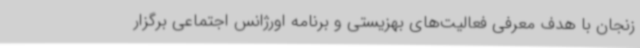
زنجان با هدف معرفی فعالیت‌های بهزیستی و برنامه اورژانس اجتماعی برگزار